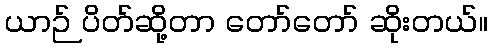
ယာဉ် ပိတ်ဆို့တာ တော်တော် ဆိုးတယ်။